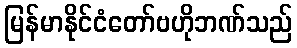
မြန်မာနိုင်ငံတော်ဗဟိုဘဏ်သည်